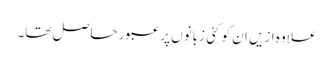
علاوہ ازیں ان کو کئی زبانوں پر عبور حاصل تھا۔